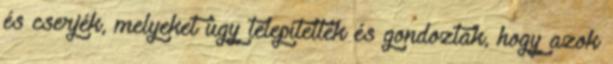
és cserjék, melyeket úgy telepítettek és gondoztak, hogy azok